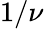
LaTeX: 1/\nu